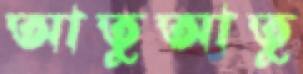
আতুআতু